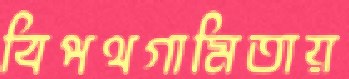
বিপথগামিতায়